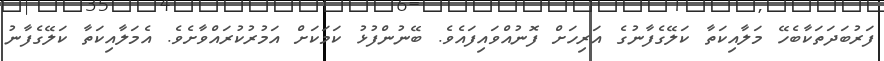
ފަރުބަދަތަކާބެހޭ މަލާއިކަތާ ކަލޭގެފާނުގެ އަރިހަށް ފޮނުއްވައިފައެވެ. ބޭނުންފުޅު ކަމަކަށް އަމުރުކުރައްވާށެވެ. އެމަލާއިކަތާ ކަލޭގެފާނު